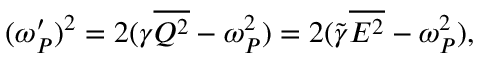
( \omega _ { P } ^ { \prime } ) ^ { 2 } = 2 ( \gamma \overline { { Q ^ { 2 } } } - \omega _ { P } ^ { 2 } ) = 2 ( \tilde { \gamma } \overline { { E ^ { 2 } } } - \omega _ { P } ^ { 2 } ) ,